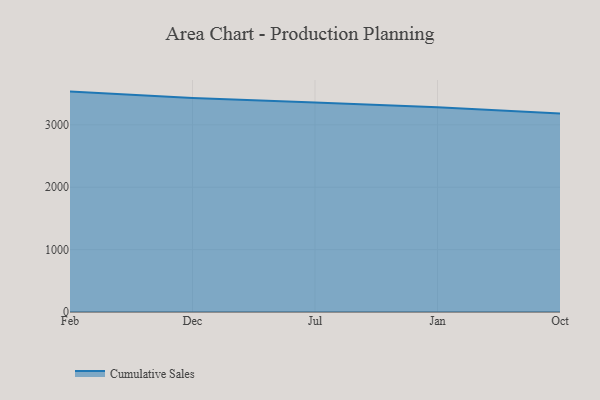
{"axis": {"x": "Month", "y": "Page Views"}, "legend": ["Cumulative Sales"], "data": [{"x": "Feb", "y": 3533.2, "type": "Cumulative Sales"}, {"x": "Dec", "y": 3428.9, "type": "Cumulative Sales"}, {"x": "Jul", "y": 3359.3, "type": "Cumulative Sales"}, {"x": "Jan", "y": 3281.7, "type": "Cumulative Sales"}, {"x": "Oct", "y": 3183.3, "type": "Cumulative Sales"}]}